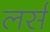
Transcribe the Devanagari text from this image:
लर्स